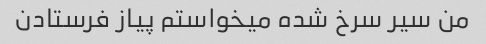
من سیر سرخ شده میخواستم پیاز فرستادن